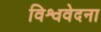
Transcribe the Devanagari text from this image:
विश्ववेदना